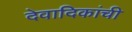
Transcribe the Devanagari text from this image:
देवादिकांची